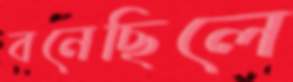
বনেছিলে